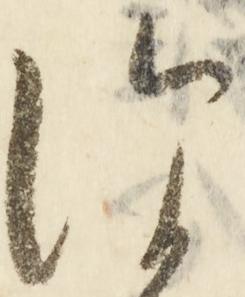
便